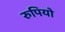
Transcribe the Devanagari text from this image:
रुपियो